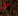
مع